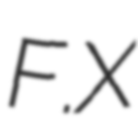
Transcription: F.X